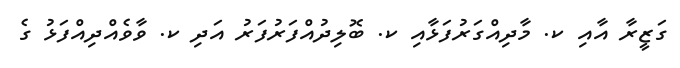
ގަޒީރާ އާއި ކ. މާދިއްގަރުފަޅާއި ކ. ބޮލިދުއްފަރުފަރު އަދި ކ. ވާވެއްދިއްފަޅު ގެ